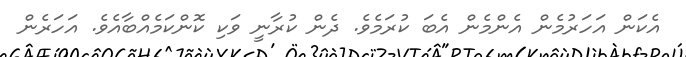
އެކަން އަހަރުމެން އެންމެން އެބަ ކުރަމެވެ. ދެން ކުރާނީ ވަކި ކޮންކަމެއްބާއެވެ. އަހަރެން